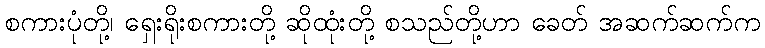
စကားပုံတို့၊ ရှေးရိုးစကားတို့ ဆိုထုံးတို့ စသည်တို့ဟာ ခေတ် အဆက်ဆက်က